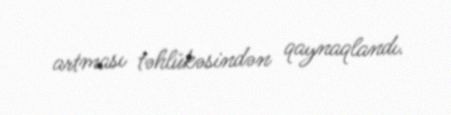
artması təhlükəsindən qaynaqlandı.